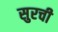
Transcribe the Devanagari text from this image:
सुरची